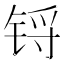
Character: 锊